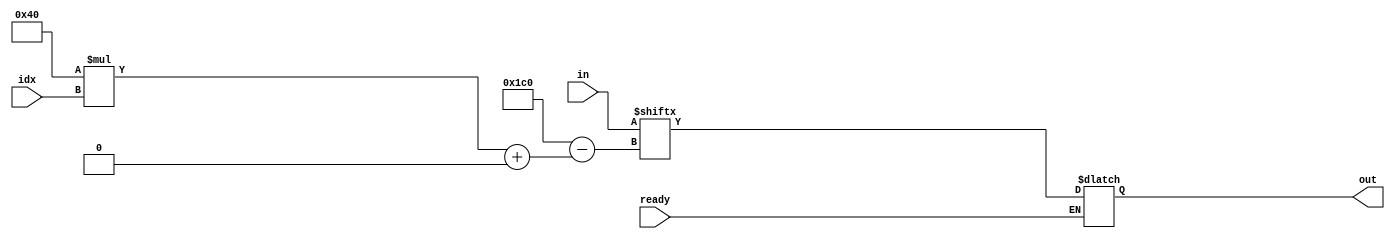
// reads out subsection of data based on provided indices
// TODO ask joshua- do bit shifting to multiply here instead and pass in log(width)?
module AddrParser #(
	parameter FULL_WIDTH = 512,
	parameter WIDTH = 64
) (
	input ready,
	input [2:0] idx, // TODO scale with width, log(width/8)
	input [0:FULL_WIDTH-1] in,
	output reg [WIDTH-1:0] out
);

always @(*) begin
	if (ready) begin
		out = in[WIDTH*idx+:WIDTH];
	end
end

endmodule